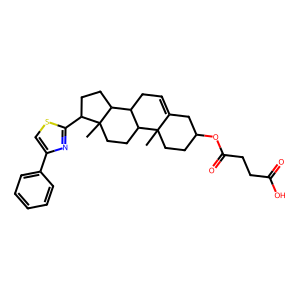
SMILES: CC12CCC(OC(=O)CCC(=O)O)CC1=CCC1C2CCC2(C)C(c3nc(-c4ccccc4)cs3)CCC12
Inhibits HIV replication: No